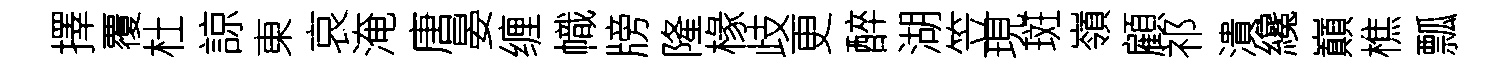
擇覆杜諒東哀淹唐晏缠幟牓隆椽歧更醉湖笠現斑嶺顧祁潰纔巔樵瓢